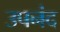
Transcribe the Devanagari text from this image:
उपनंद